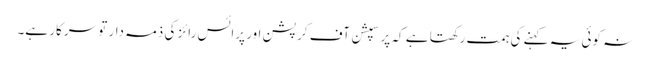
نہ کوئی یہ کہنے کی ہمت رکھتا ہے کہ پرسپشن آف کرپشن اور پرائس رائز کی ذمہ دار تو سرکار ہے۔